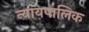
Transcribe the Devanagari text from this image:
न्यायपालिक